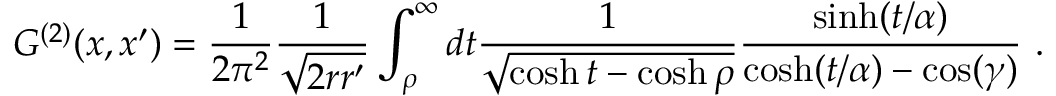
G ^ { ( 2 ) } ( x , x ^ { \prime } ) = \frac 1 { 2 \pi ^ { 2 } } \frac 1 { \sqrt { 2 r r ^ { \prime } } } \int _ { \rho } ^ { \infty } d t \frac 1 { \sqrt { \cosh t - \cosh \rho } } \frac { \sinh ( t / \alpha ) } { \cosh ( t / \alpha ) - \cos ( \gamma ) } \ .